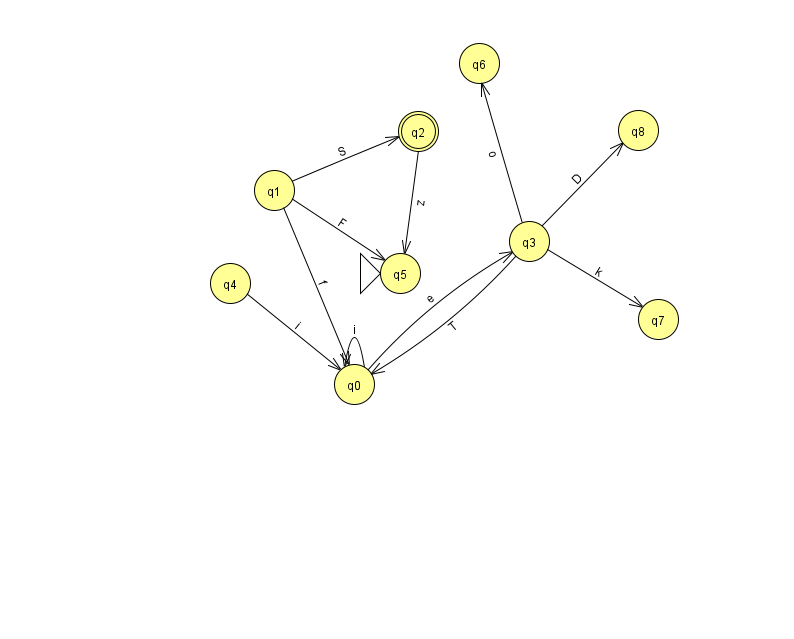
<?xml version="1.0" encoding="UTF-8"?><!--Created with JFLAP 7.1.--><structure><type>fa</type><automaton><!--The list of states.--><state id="0" name="q0"><x>354.0</x><y>371.0</y></state><state id="1" name="q1"><x>274.0</x><y>177.0</y></state><state id="2" name="q2"><x>418.0</x><y>118.0</y><final/></state><state id="3" name="q3"><x>529.0</x><y>228.0</y></state><state id="4" name="q4"><x>230.0</x><y>270.0</y></state><state id="5" name="q5"><x>400.0</x><y>260.0</y><initial/></state><state id="6" name="q6"><x>479.0</x><y>50.0</y></state><state id="7" name="q7"><x>658.0</x><y>306.0</y></state><state id="8" name="q8"><x>638.0</x><y>117.0</y></state><!--The list of transitions.--><transition><from>2</from><to>5</to><read>z</read></transition><transition><from>1</from><to>2</to><read>S</read></transition><transition><from>3</from><to>8</to><read>D</read></transition><transition><from>3</from><to>6</to><read>o</read></transition><transition><from>4</from><to>0</to><read>i</read></transition><transition><from>0</from><to>0</to><read>i</read></transition><transition><from>0</from><to>3</to><read>e</read></transition><transition><from>3</from><to>0</to><read>T</read></transition><transition><from>1</from><to>0</to><read>f</read></transition><transition><from>1</from><to>5</to><read>F</read></transition><transition><from>3</from><to>7</to><read>k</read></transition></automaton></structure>